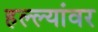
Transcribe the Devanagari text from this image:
हल्ल्यांवर